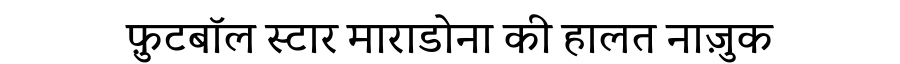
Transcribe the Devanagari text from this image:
फ़ुटबॉल स्टार माराडोना की हालत नाज़ुक